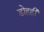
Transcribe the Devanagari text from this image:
डोहही